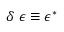
\delta \ { \boldsymbol { \epsilon } } \equiv { \boldsymbol { \epsilon } } ^ { * }